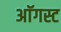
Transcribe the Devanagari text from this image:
अाॅगस्ट